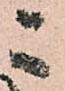
ニ